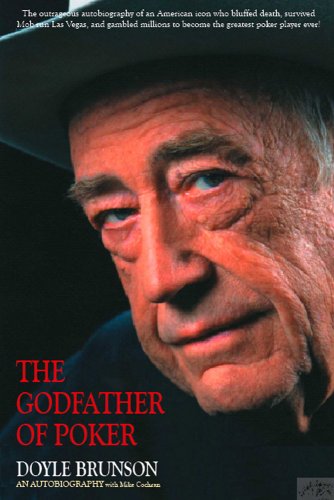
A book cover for The Godfather of Poker: The Doyle Brunson Story; Doyle Brunson; Humor & Entertainment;